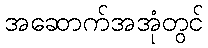
အဆောက်အအုံတွင်